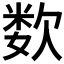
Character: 𰙕